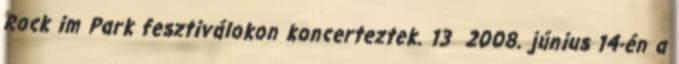
Rock im Park fesztiválokon koncerteztek. 13 2008. június 14-én a